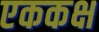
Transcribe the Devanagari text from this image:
एककक्ष